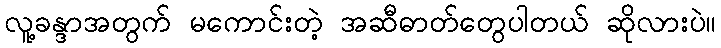
လူ့ခန္ဒာအတွက် မကောင်းတဲ့ အဆီဓာတ်တွေပါတယ် ဆိုလားပဲ။